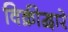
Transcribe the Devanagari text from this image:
विक्रीद्वारे